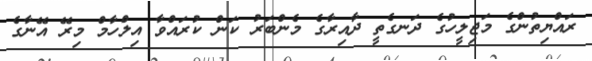
ރައްޔިތުންގެ މަޖިލީހުގެ ދަނގެތީ ދާއިރާގެ މެންބަރު ކަން ކުރައްވާ އިލްހާމް މިރޭ އޭނާގެ